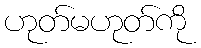
ဟုတ်မဟုတ်ကို